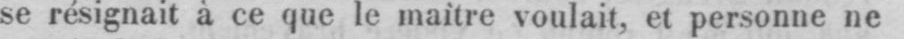
se résignait à ce que le maìtre voulait, et personne ne